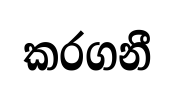
කරගනී